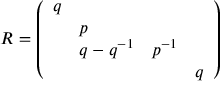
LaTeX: R = \left( \begin{array} { l l l l } { { q } } & { { } } & { { } } & { { } } \\ { { } } & { { p } } & { { } } & { { } } \\ { { } } & { { { q - q ^ { - 1 } } } } & { { { p ^ { - 1 } } } } & { { } } \\ { { } } & { { } } & { { } } & { { { q } } } \end{array} \right)